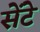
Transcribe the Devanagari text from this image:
सेंटे